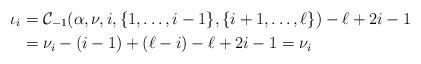
LaTeX: \begin{align*}\iota_i & = \mathcal{C}_{-1}(\alpha, \nu, i, \lbrace 1, \ldots, i-1 \rbrace, \lbrace i+1, \ldots, \ell \rbrace) - \ell + 2i - 1 \\ & = \nu_i - (i-1) + (\ell -i) - \ell + 2i -1 = \nu_i\end{align*}